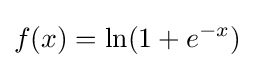
f(x)=\ln(1+e^{-x})